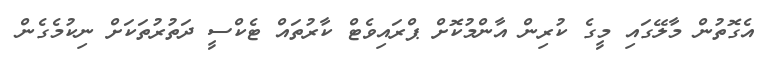
އެގޮތުން މާލޭގައި މީގެ ކުރިން އާންމުކޮށް ޕްރައިވެޓް ކާރުތައް ޓެކްސީ ދަތުރުތަކަށް ނިކުމެގެން